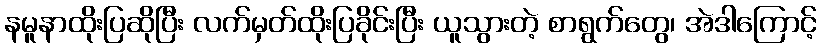
နမူနာထိုးပြဆိုပြီး လက်မှတ်ထိုးပြခိုင်းပြီး ယူသွားတဲ့ စာရွက်တွေ၊ အဲဒါကြောင့်